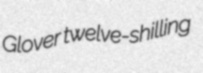
Glover twelve-shilling